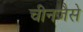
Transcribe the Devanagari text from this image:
चीनजैसे